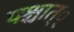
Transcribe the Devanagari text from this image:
पश्चात््